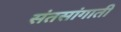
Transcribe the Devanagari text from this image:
संतसांगाती